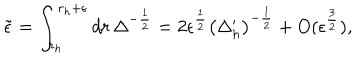
{ \tilde { \epsilon } } = \int _ { r _ { h } } ^ { r _ { h } + \epsilon } d r \, \Delta ^ { - \frac { 1 } { 2 } } = 2 \epsilon ^ { \frac { 1 } { 2 } } \left( \Delta _ { h } ^ { \prime } \right) ^ { - \frac { 1 } { 2 } } + O ( \epsilon ^ { \frac { 3 } { 2 } } ) ,